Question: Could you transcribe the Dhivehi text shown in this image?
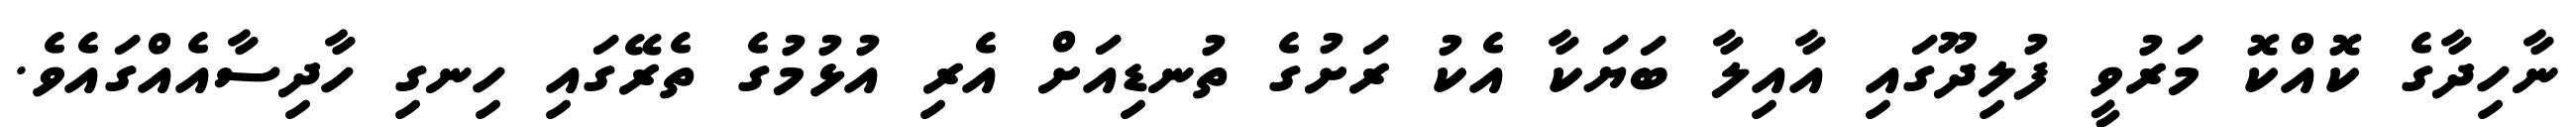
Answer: ނާހިދާގެ ކޮއްކޮ މަރުވީ ފުލިދޫގައި އާއިލާ ބަޔަކާ އެކު ރަށުގެ ތުނޑިއަށް އެރި އުޅުމުގެ ތެރޭގައި ހިނގި ހާދިސާއެއްގައެވެ.